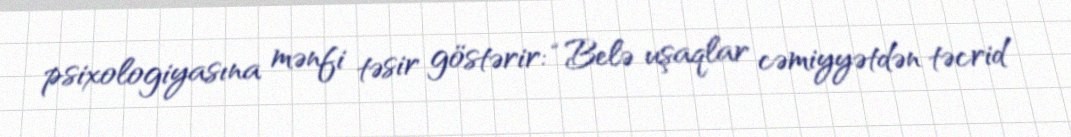
psixologiyasına mənfi təsir göstərir: “Belə uşaqlar cəmiyyətdən təcrid